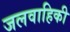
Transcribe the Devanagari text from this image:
जलवाहिकी